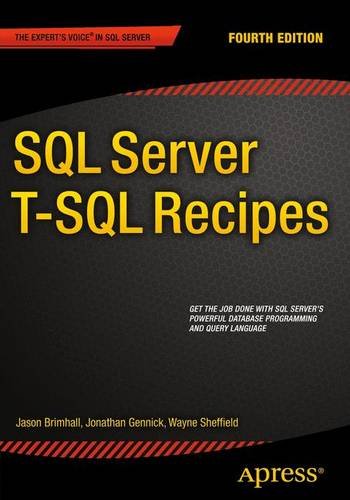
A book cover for SQL Server T-SQL Recipes; Jason Brimhall; Computers & Technology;